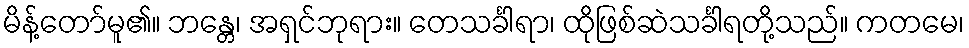
မိန့်တော်မူ၏။ ဘန္တေ၊ အရှင်ဘုရား။ တေသင်္ခါရာ၊ ထိုဖြစ်ဆဲသင်္ခါရတို့သည်။ ကတမေ၊